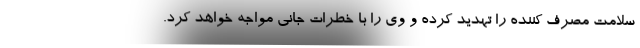
سلامت مصرف کننده را تهدید کرده و وی را با خطرات جانی مواجه خواهد کرد.